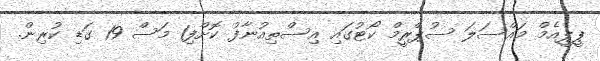
ޕީޕީއެމް މައްސަލަ ސުޕްރީމް ކޯޓުގައި އިސްތިއުނާފު ކޮށްފި1 މަސް 19 ގަޑި ކުރިން.